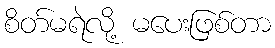
စိတ်မရဲလို့ မပေးဖြစ်တာ